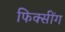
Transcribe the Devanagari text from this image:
फिक्सींग